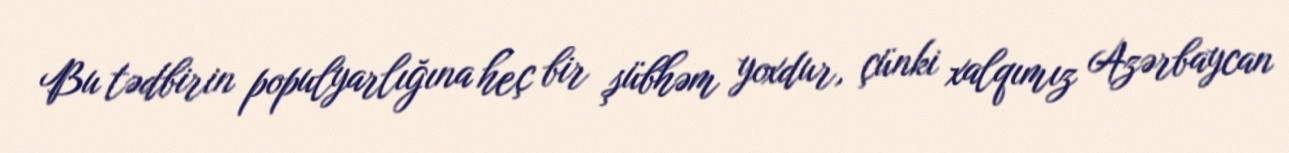
Bu tədbirin populyarlığına heç bir şübhəm yoxdur, çünki xalqımız Azərbaycan